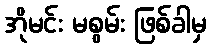
အိုမင်း မစွမ်း ဖြစ်ခါမှ